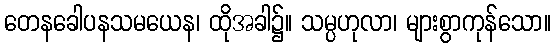
တေနခေါပနသမယေန၊ ထိုအခါ၌။ သမ္ပဟုလာ၊ များစွာကုန်သော။